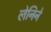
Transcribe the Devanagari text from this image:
लेनिने